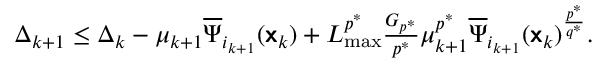
\begin{array} { r } { \Delta _ { k + 1 } \leq \Delta _ { k } - \mu _ { k + 1 } \overline { { \Psi } } _ { i _ { k + 1 } } ( { \boldsymbol { \mathsf { x } } } _ { k } ) + L _ { \operatorname* { m a x } } ^ { p ^ { \ast } } \frac { G _ { p ^ { \ast } } } { p ^ { \ast } } \mu _ { k + 1 } ^ { p ^ { \ast } } \overline { { \Psi } } _ { i _ { k + 1 } } ( { \boldsymbol { \mathsf { x } } } _ { k } ) ^ { \frac { p ^ { \ast } } { q ^ { \ast } } } . } \end{array}